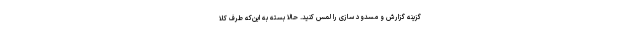
گزینه گزارش و مسدود سازی را لمس کنید. حالا بسته به این‌که طرف کلا